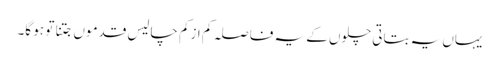
یہاں یہ بتاتی چلوں کے یہ فاصلہ کم ازکم چالیس قدموں جتنا تو ہو گا۔